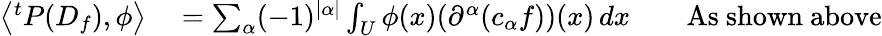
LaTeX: \begin{array}{rlrl}{\left\langle{}^{t}P(D_{f}),\phi\right\rangle}&{{}=\sum_{\alpha}(-1)^{|\alpha|}\int_{U}\phi(x)(\partial^{\alpha}(c_{\alpha}f))(x)\, dx}&{}&{{}{\mathrm{As~shown~above}}}\end{array}